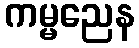
ကမ္မညေန